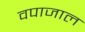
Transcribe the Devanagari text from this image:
वपाजाल